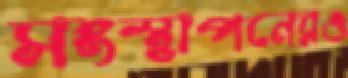
সংস্থাপনেরও